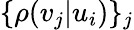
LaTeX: \{ \rho(v_{j}|u_{i})\} _{j}